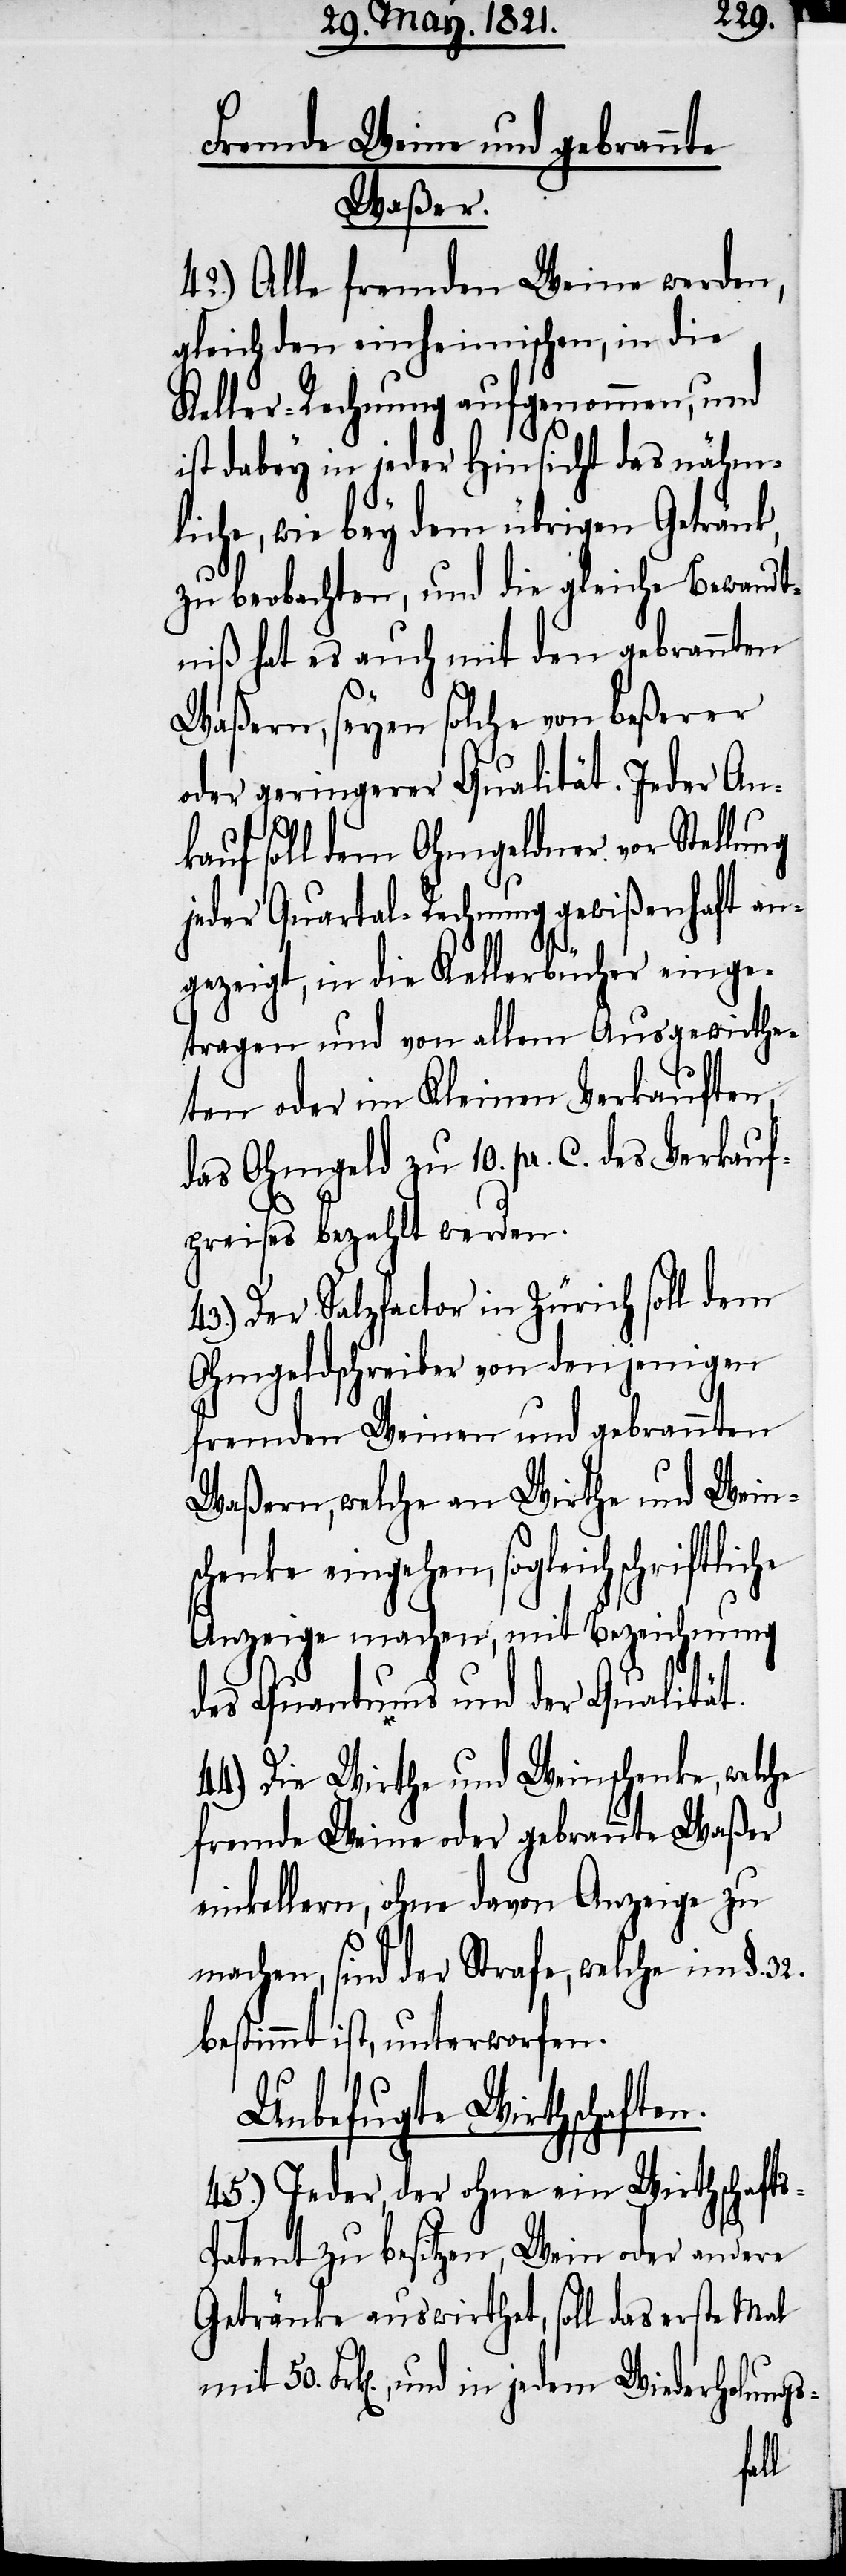
Fremde Weine und gebrannte
Waßern,
42.) Alle fremden Weine werden,
gleich den einheimischen, in die
Keller-Rechnung aufgenommen, und
ist dabey in jeder Hinsicht das nähm¬
liche, wie bey dem übrigen Getränk,
zu beobachten, und die gleiche Bewandt¬
niß hat es auch mit den gebrannten
seyen es solche von beßerer
oder geringerer Qualität. Jeder An¬
kauf soll dem Ohmgeldner vor Stellung
jeder Quartal-Rechnung gewißenhaft an¬
gezeigt, in die Kellerbücher einge¬
tragen und von allem Ausgewirthe¬
ten oder im Kleinen Verkauften,
das Ohmgeld zu 10. pr. C. des Verkauf¬
preises bezahlt werden.
43.) Der Salzfactor in Zürich soll dem
Ohmgeldschreiber von denjenigen
fremden Weinen und gebrannten
Waßern, welche an Wirthe und Weins¬
chenke eingehen, sogleich
Anzeige machen, mit Bezeichnung
des Quantums und der Qualität.
44.) Die Wirthe und Weinschenke, welche
fremde Weine oder gebrannte Waßer
einkellern, ohne davon Anzeige zu
machen, sind der Strafe, welcher im §. 32.
bestimmt ist, unterworfen.
Unbefugte Wirthschaften.
45.) Jeder, der ohne ein Wirthschafts¬
patent zu besitzen, Wein oder andere
Getränke auswirthet, soll das erste Mal
Frk[en]., und in jedem Wiederholungs-